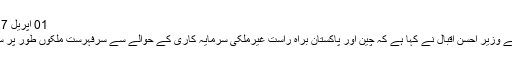
01 اپریل 2017 (14:39)
منصوبہ بندی کے وزیر احسن اقبال نے کہا ہے کہ چین اور پاکستان براہ راست غیرملکی سرمایہ کاری کے حوالے سے سرفہرست ملکوں طور پر سامنے آئے ہیں ۔